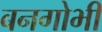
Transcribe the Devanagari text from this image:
बनगोभी